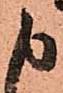
申